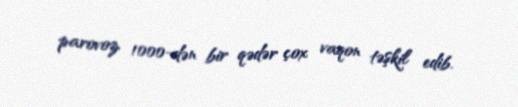
parovoz, 1000-dən bir qədər çox vaqon təşkil edib.